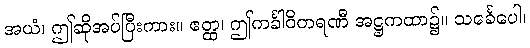
အယံ၊ ဤဆိုအပ်ပြီးကား။ ဧတ္ထ၊ ဤကင်္ခါဝိတရဏီ အဋ္ဌကထာ၌။ သင်္ခေပေါ၊